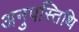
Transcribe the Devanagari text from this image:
अनुपस्तिथि